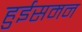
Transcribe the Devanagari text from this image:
हुईसमन